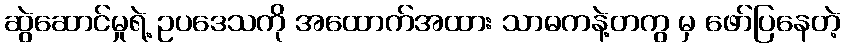
ဆွဲဆောင်မှုရဲ့ ဥပဒေသကို အထောက်အထား သာဓကနဲ့တကွ မှ ဖော်ပြနေတဲ့